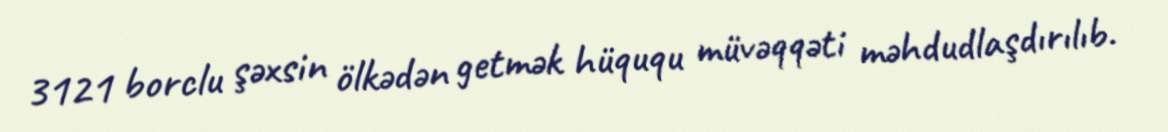
3121 borclu şəxsin ölkədən getmək hüququ müvəqqəti məhdudlaşdırılıb.